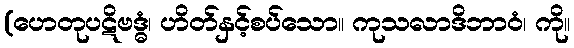
(ဟေတုပဋိဗဒ္ဓံ၊ ဟိတ်နှင့်စပ်သော။ ကုသလာဒိဘာဝံ၊ ကို။